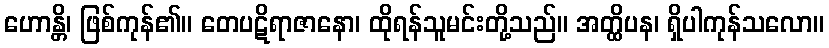
ဟောန္တိ၊ ဖြစ်ကုန်၏။ တေပဋိရာဇာနော၊ ထိုရန်သူမင်းတို့သည်။ အတ္ထိပန၊ ရှိပါကုန်သလော။